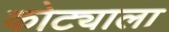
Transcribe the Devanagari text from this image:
कोट्याला